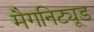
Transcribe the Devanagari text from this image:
मैगनिट्यूड